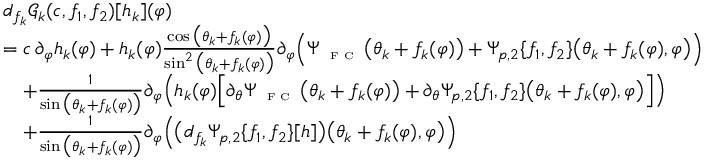
\begin{array} { r l } & { d _ { f _ { k } } \mathscr { G } _ { k } ( c , f _ { 1 } , f _ { 2 } ) [ h _ { k } ] ( \varphi ) } \\ & { = c \, \partial _ { \varphi } h _ { k } ( \varphi ) + h _ { k } ( \varphi ) \frac { \cos \big ( \theta _ { k } + f _ { k } ( \varphi ) \big ) } { \sin ^ { 2 } \big ( \theta _ { k } + f _ { k } ( \varphi ) \big ) } \partial _ { \varphi } \Big ( \Psi _ { \textnormal { \tiny { F C } } } \big ( \theta _ { k } + f _ { k } ( \varphi ) \big ) + \Psi _ { p , 2 } \{ f _ { 1 } , f _ { 2 } \} \big ( \theta _ { k } + f _ { k } ( \varphi ) , \varphi \big ) \Big ) } \\ & { \quad + \frac { 1 } { \sin \big ( \theta _ { k } + f _ { k } ( \varphi ) \big ) } \partial _ { \varphi } \Big ( h _ { k } ( \varphi ) \Big [ \partial _ { \theta } \Psi _ { \textnormal { \tiny { F C } } } \big ( \theta _ { k } + f _ { k } ( \varphi ) \big ) + \partial _ { \theta } \Psi _ { p , 2 } \{ f _ { 1 } , f _ { 2 } \} \big ( \theta _ { k } + f _ { k } ( \varphi ) , \varphi \big ) \Big ] \Big ) } \\ & { \quad + \frac { 1 } { \sin \big ( \theta _ { k } + f _ { k } ( \varphi ) \big ) } \partial _ { \varphi } \Big ( \big ( d _ { f _ { k } } \Psi _ { p , 2 } \{ f _ { 1 } , f _ { 2 } \} [ h ] \big ) \big ( \theta _ { k } + f _ { k } ( \varphi ) , \varphi \big ) \Big ) } \end{array}